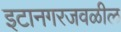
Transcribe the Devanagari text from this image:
इटानगरजवळील